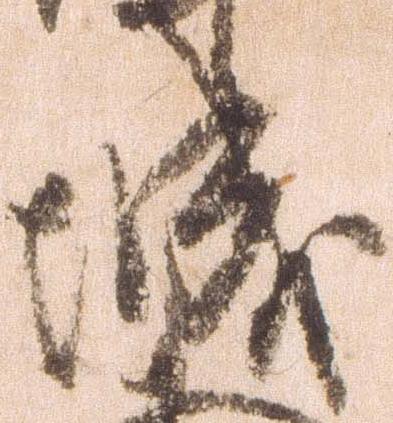
城